Veterinary regulations India, 1935 -
Year: 1935
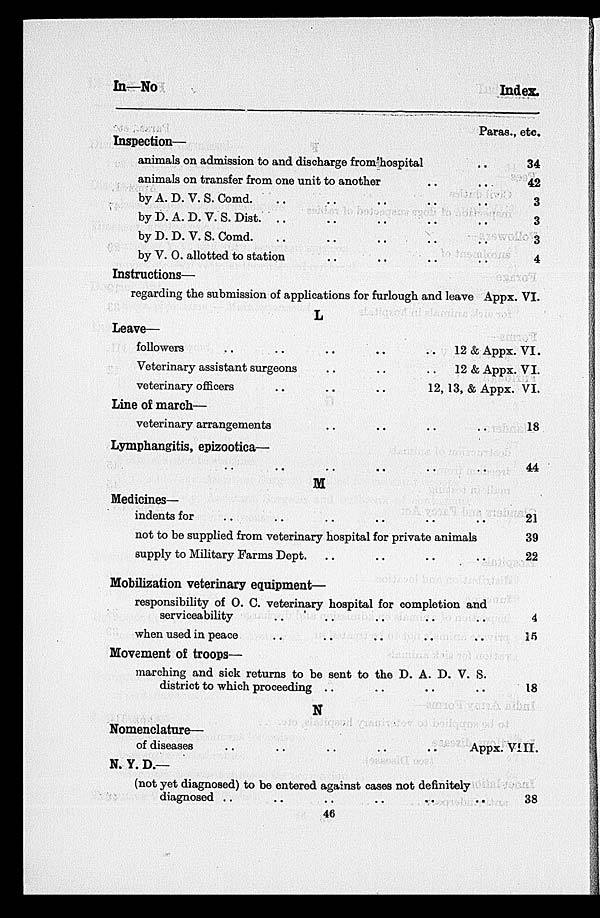
In—No
Index.
Inspection—
animals on admission to and discharge from hospital
animals on transfer from one unit to another
by A. D. V. S. Comd. .. .. .. .. .. ..
by D. A. D. V. S. Dist. .. .. .. .. .. ..
by D. D. V. S. Comd. .. .. .. .. .. ..
by V. O. allotted to station .. .. .. .. .. ..
Instructions—
regarding the submission of applications for furlough and leave
L
Leave—
followers
..
..
..
..
Veterinary assistant surgeons
..
..
. .
veterinary officers
..
..
..
Line of march—
veterinary arrangements .. .. .. ..
Lymphangitis, epizootica—
..
..
.. .. ..
M
Medicines—
indents for .. .. .. .. .. ..
not to be supplied from veterinary hospital for private animals
supply to Military Farms Dept. .. .. .. ..
Mobilization veterinary equipment—
responsibility of O. C. veterinary hospital for completion and
serviceability .. .. .. .. .. .. ...
when used in peace .. .. .. .. .. ..
Movement of troops—
marching and sick returns to be sent to the D. A. D. V.S
district to which proceeding .. .. .. .. .. ..
N
Nomenclature—
of diseases
..
..
..
.. ..
N. Y. D.—
(not yet diagnosed) to be entered against cases not definitely
diagnosed .. .. .. .. .. ..
Paras., etc.
34
42
3
3
3
4
Appx. VI.
12 &Appx. VI.
12 &Appx. VI.
12, 13, &Appx. VI.
..
18
44
21
39
22
4
15
18
Appx. VIII.
..
38
46